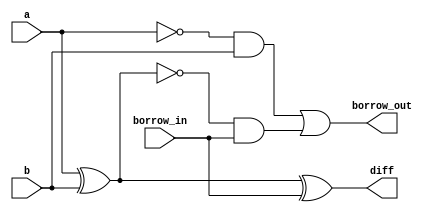
module full_subtractor (
    a,
    b,
    borrow_in,
    borrow_out,
    diff
);

  input a, b, borrow_in;
  output borrow_out, diff;

  assign diff = a ^ b ^ borrow_in;
  assign borrow_out = ((~a) & b) | (~(a ^ b) & borrow_in);

endmodule

`timescale 1ps / 1ps

module testbench;

  reg a, b, borrow_in;
  wire borrow_out, diff;

  full_subtractor dut (
      a,
      b,
      borrow_in,
      borrow_out,
      diff
  );

  initial begin
    a = 1'b0;
    b = 1'b0;
    borrow_in = 1'b0;

    #20 $finish;
  end

  always #4 a = a + 1'b1;
  always #2 b = b + 1'b1;
  always #1 borrow_in = borrow_in + 1;

  initial
    $monitor(
        "time = %g, a = %b, b = %b, borrow_in = %b, borrow_out, diff",
        $time,
        a,
        b,
        borrow_in,
        borrow_out,
        diff
    );

endmodule

/*OUTPUT:
time = 0, a = 0, b = 0, borrow_in = 0, borrow_out, diff00
time = 1, a = 0, b = 0, borrow_in = 1, borrow_out, diff11
time = 2, a = 0, b = 1, borrow_in = 0, borrow_out, diff11
time = 3, a = 0, b = 1, borrow_in = 1, borrow_out, diff10
time = 4, a = 1, b = 0, borrow_in = 0, borrow_out, diff01
time = 5, a = 1, b = 0, borrow_in = 1, borrow_out, diff00
time = 6, a = 1, b = 1, borrow_in = 0, borrow_out, diff00
time = 7, a = 1, b = 1, borrow_in = 1, borrow_out, diff11
time = 8, a = 0, b = 0, borrow_in = 0, borrow_out, diff00
time = 9, a = 0, b = 0, borrow_in = 1, borrow_out, diff11
time = 10, a = 0, b = 1, borrow_in = 0, borrow_out, diff11
time = 11, a = 0, b = 1, borrow_in = 1, borrow_out, diff10
time = 12, a = 1, b = 0, borrow_in = 0, borrow_out, diff01
time = 13, a = 1, b = 0, borrow_in = 1, borrow_out, diff00
time = 14, a = 1, b = 1, borrow_in = 0, borrow_out, diff00
time = 15, a = 1, b = 1, borrow_in = 1, borrow_out, diff11
time = 16, a = 0, b = 0, borrow_in = 0, borrow_out, diff00
time = 17, a = 0, b = 0, borrow_in = 1, borrow_out, diff11
time = 18, a = 0, b = 1, borrow_in = 0, borrow_out, diff11
time = 19, a = 0, b = 1, borrow_in = 1, borrow_out, diff10
data_flow.v:37: $finish called at 20 (1ps)
time = 20, a = 1, b = 0, borrow_in = 0, borrow_out, diff01
*/